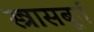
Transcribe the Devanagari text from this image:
स्त्रासबूर्ग